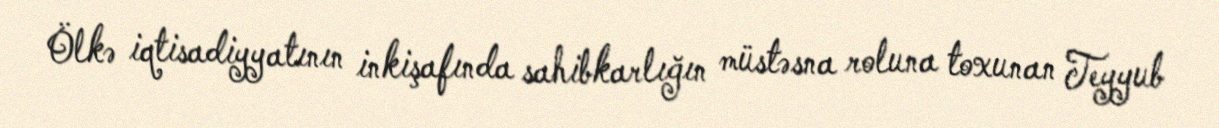
Ölkə iqtisadiyyatının inkişafında sahibkarlığın müstəsna roluna toxunan Teyyub